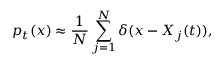
p _ { t } ( x ) \approx \frac { 1 } { N } \sum _ { j = 1 } ^ { N } \delta ( x - X _ { j } ( t ) ) ,